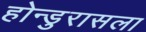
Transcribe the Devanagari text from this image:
होन्डुरासला